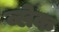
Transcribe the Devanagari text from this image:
व्लेक